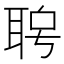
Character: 𦕮